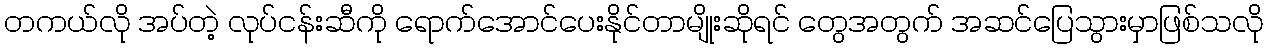
တကယ်လို အပ်တဲ့ လုပ်ငန်းဆီကို ရောက်အောင်ပေးနိုင်တာမျိုးဆိုရင် တွေအတွက် အဆင်ပြေသွားမှာဖြစ်သလို